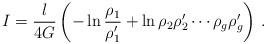
LaTeX: \begin{align*}I = {l\over 4G} \left( - \ln{\rho_1\over \rho_1'} + \ln{\rho_2\rho_2'\cdots\rho_g\rho_g'} \right) \,.\end{align*}